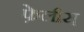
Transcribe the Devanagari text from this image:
फ़ेलीस्